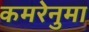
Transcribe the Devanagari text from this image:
कमरेनुमा